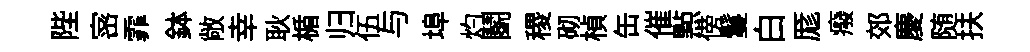
陛宻霏鉢敞幸耿楯归伍与埠灼鬬稷砌楨缶催㸃傍鬘白厖癈郊慶随扶